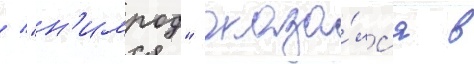
/ "н'имрод" оказа́лс'я в